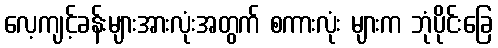
လေ့ကျင့်ခန်းများအားလုံးအတွက် စကားလုံး များက ဘုံပိုင်းခြေ